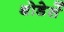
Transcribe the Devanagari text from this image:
थोडेसें